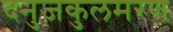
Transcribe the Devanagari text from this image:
दनुजकुलमरण